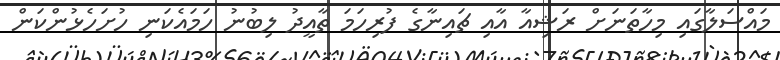
މައްސަލާގައި މިހާތަނަށް ރަޝިއާ އާއި ޗައިނާގެ ފުރިހަމަ ތާއީދު ލިބުނު ހަމައެކަނި ހުށަހެޅުންކަން